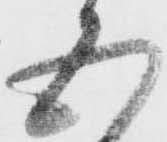
五